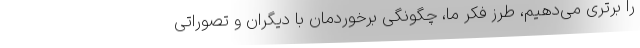
را برتری می‌دهیم، طرز فکر ما، چگونگی برخوردمان با دیگران و تصوراتی